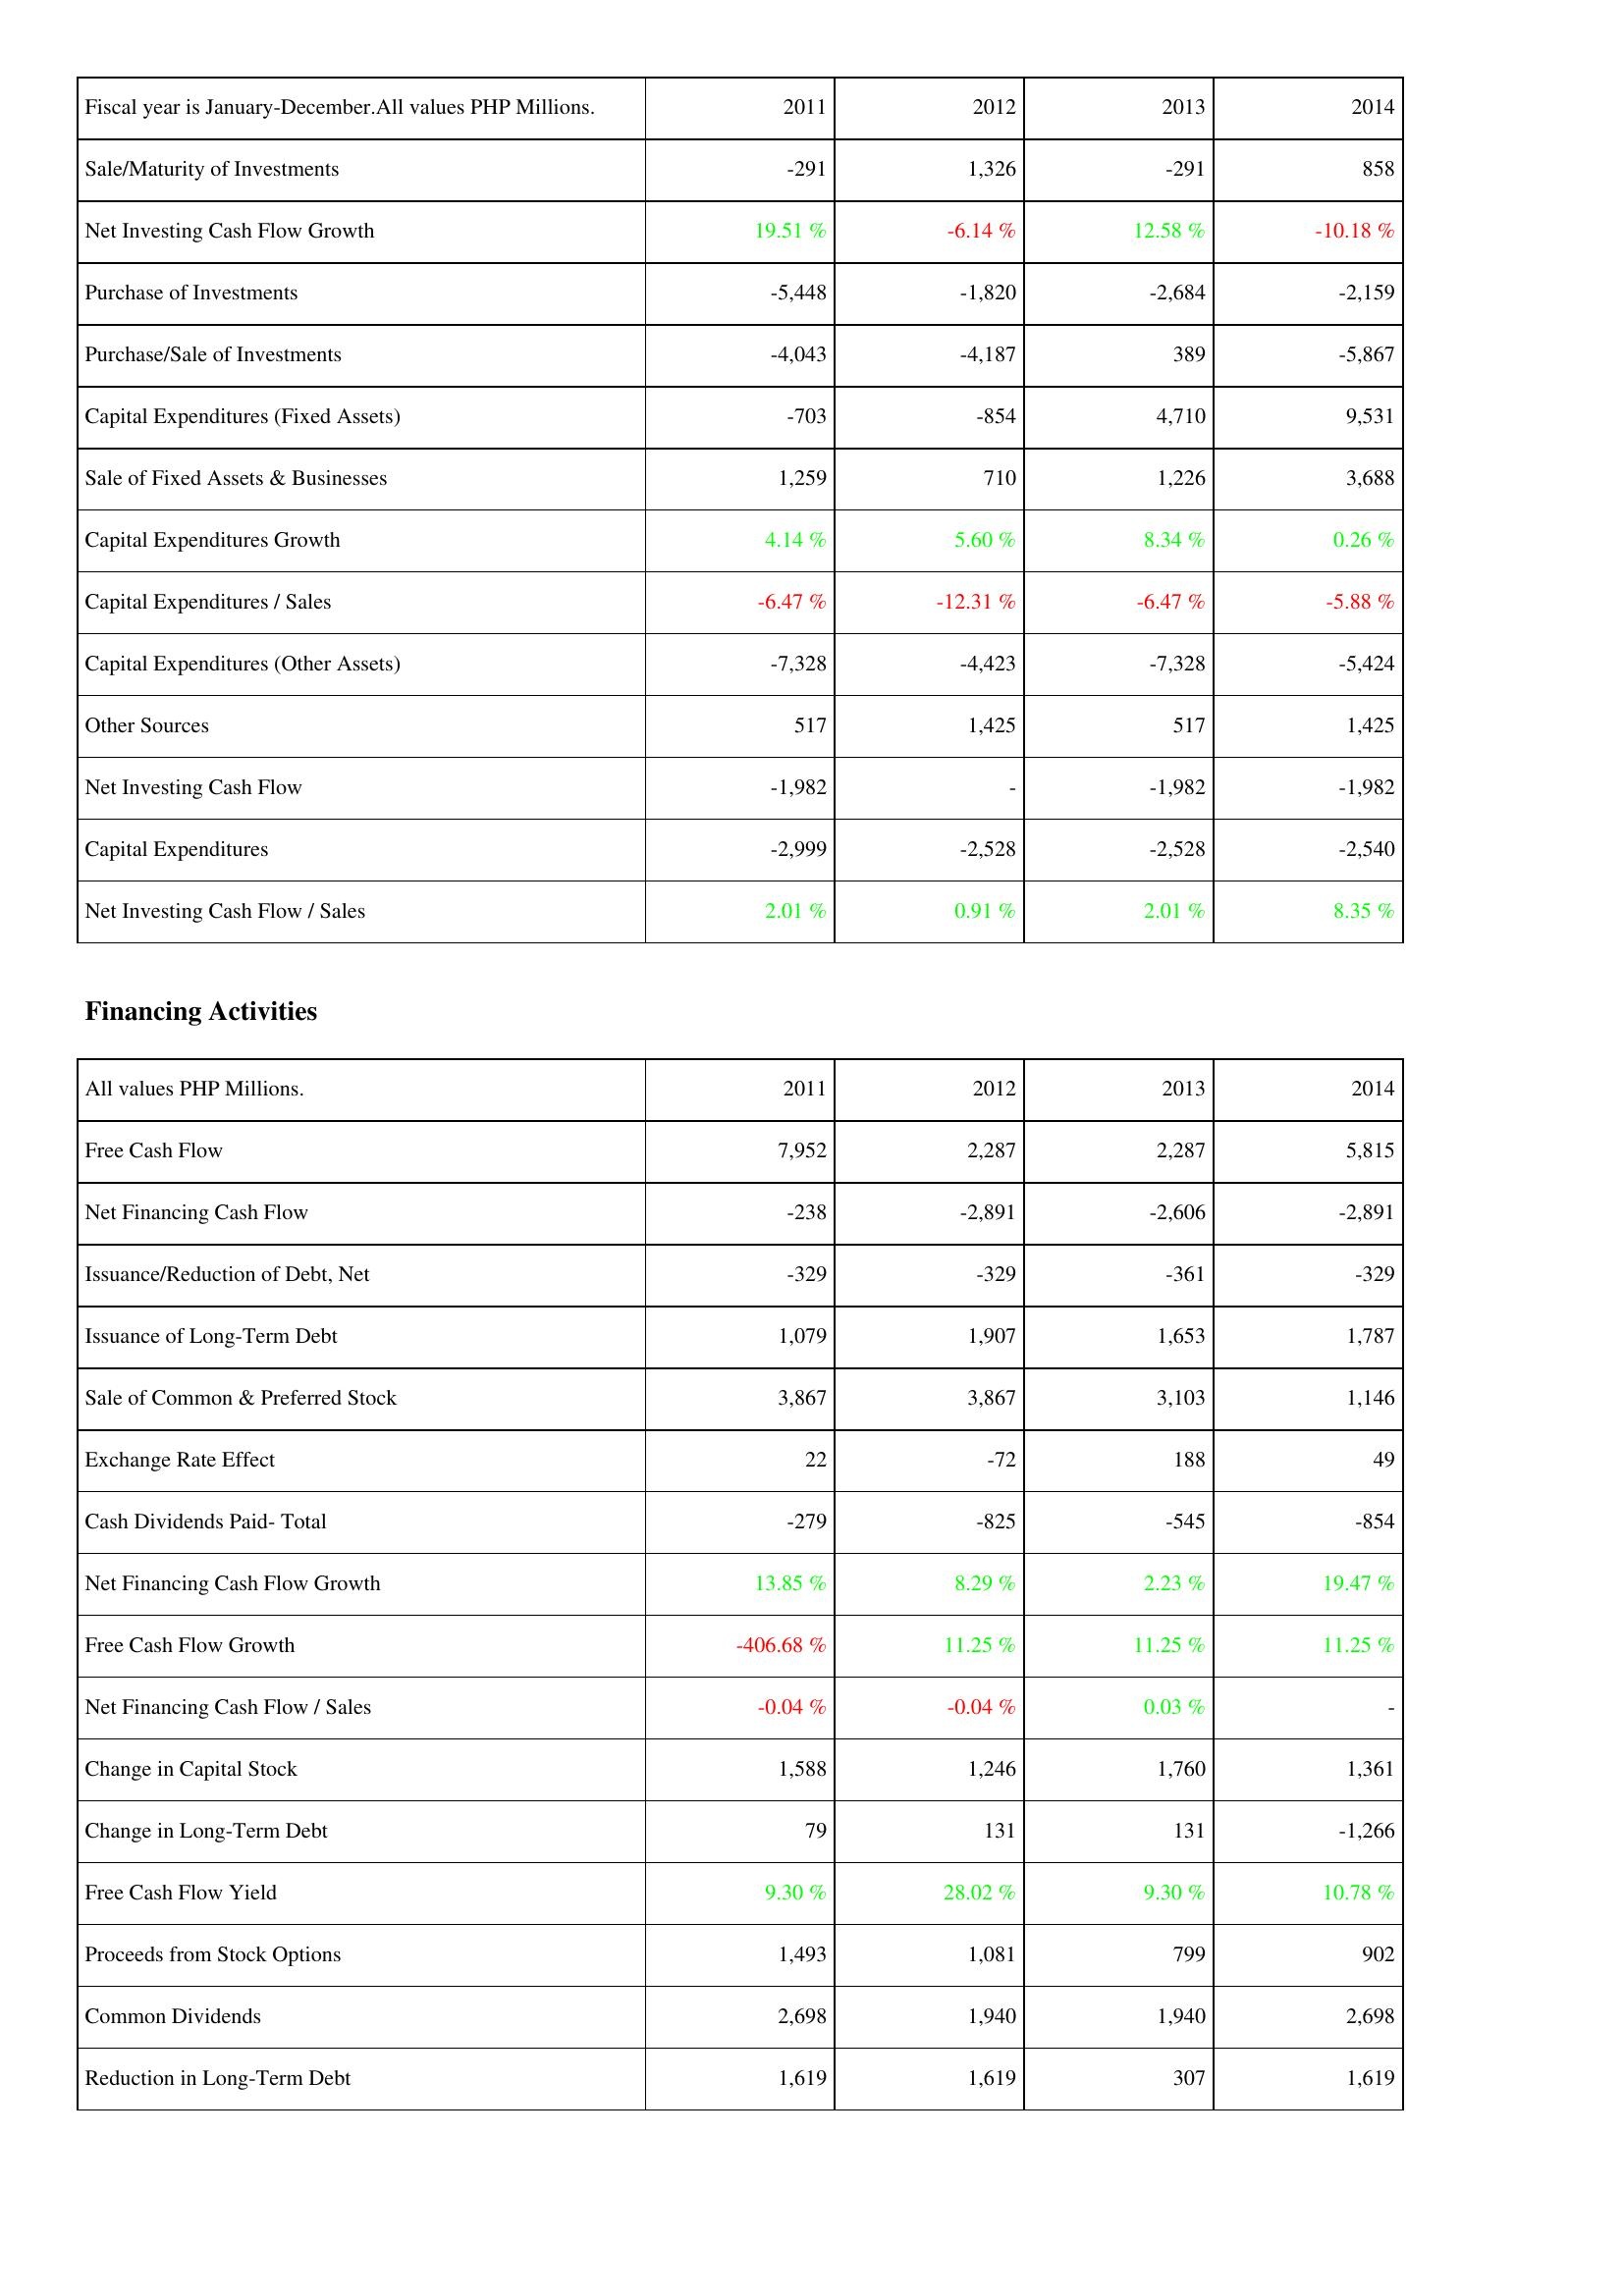
2011: Investing Activities: Sale/Maturity of Investments: -291
Net Investing Cash Flow Growth: 19.51 %
Purchase of Investments: -5,448
Purchase/Sale of Investments: -4,043
Capital Expenditures (Fixed Assets): -703
Sale of Fixed Assets & Businesses: 1,259
Capital Expenditures Growth: 4.14 %
Capital Expenditures / Sales: -6.47 %
Capital Expenditures (Other Assets): -7,328
Other Sources: 517
Net Investing Cash Flow: -1,982
Capital Expenditures: -2,999
Net Investing Cash Flow / Sales: 2.01 %
Financing Activities: Free Cash Flow: 7,952
Net Financing Cash Flow: -238
Issuance/Reduction of Debt, Net: -329
Issuance of Long-Term Debt: 1,079
Sale of Common & Preferred Stock: 3,867
Exchange Rate Effect: 22
Cash Dividends Paid- Total: -279
Net Financing Cash Flow Growth: 13.85 %
Free Cash Flow Growth: -406.68 %
Net Financing Cash Flow / Sales: -0.04 %
Change in Capital Stock: 1,588
Change in Long-Term Debt: 79
Free Cash Flow Yield: 9.30 %
Proceeds from Stock Options: 1,493
Common Dividends: 2,698
Reduction in Long-Term Debt: 1,619
2012: Investing Activities: Sale/Maturity of Investments: 1,326
Net Investing Cash Flow Growth: -6.14 %
Purchase of Investments: -1,820
Purchase/Sale of Investments: -4,187
Capital Expenditures (Fixed Assets): -854
Sale of Fixed Assets & Businesses: 710
Capital Expenditures Growth: 5.60 %
Capital Expenditures / Sales: -12.31 %
Capital Expenditures (Other Assets): -4,423
Other Sources: 1,425
Net Investing Cash Flow: -
Capital Expenditures: -2,528
Net Investing Cash Flow / Sales: 0.91 %
Financing Activities: Free Cash Flow: 2,287
Net Financing Cash Flow: -2,891
Issuance/Reduction of Debt, Net: -329
Issuance of Long-Term Debt: 1,907
Sale of Common & Preferred Stock: 3,867
Exchange Rate Effect: -72
Cash Dividends Paid- Total: -825
Net Financing Cash Flow Growth: 8.29 %
Free Cash Flow Growth: 11.25 %
Net Financing Cash Flow / Sales: -0.04 %
Change in Capital Stock: 1,246
Change in Long-Term Debt: 131
Free Cash Flow Yield: 28.02 %
Proceeds from Stock Options: 1,081
Common Dividends: 1,940
Reduction in Long-Term Debt: 1,619
2013: Investing Activities: Sale/Maturity of Investments: -291
Net Investing Cash Flow Growth: 12.58 %
Purchase of Investments: -2,684
Purchase/Sale of Investments: 389
Capital Expenditures (Fixed Assets): 4,710
Sale of Fixed Assets & Businesses: 1,226
Capital Expenditures Growth: 8.34 %
Capital Expenditures / Sales: -6.47 %
Capital Expenditures (Other Assets): -7,328
Other Sources: 517
Net Investing Cash Flow: -1,982
Capital Expenditures: -2,528
Net Investing Cash Flow / Sales: 2.01 %
Financing Activities: Free Cash Flow: 2,287
Net Financing Cash Flow: -2,606
Issuance/Reduction of Debt, Net: -361
Issuance of Long-Term Debt: 1,653
Sale of Common & Preferred Stock: 3,103
Exchange Rate Effect: 188
Cash Dividends Paid- Total: -545
Net Financing Cash Flow Growth: 2.23 %
Free Cash Flow Growth: 11.25 %
Net Financing Cash Flow / Sales: 0.03 %
Change in Capital Stock: 1,760
Change in Long-Term Debt: 131
Free Cash Flow Yield: 9.30 %
Proceeds from Stock Options: 799
Common Dividends: 1,940
Reduction in Long-Term Debt: 307
2014: Investing Activities: Sale/Maturity of Investments: 858
Net Investing Cash Flow Growth: -10.18 %
Purchase of Investments: -2,159
Purchase/Sale of Investments: -5,867
Capital Expenditures (Fixed Assets): 9,531
Sale of Fixed Assets & Businesses: 3,688
Capital Expenditures Growth: 0.26 %
Capital Expenditures / Sales: -5.88 %
Capital Expenditures (Other Assets): -5,424
Other Sources: 1,425
Net Investing Cash Flow: -1,982
Capital Expenditures: -2,540
Net Investing Cash Flow / Sales: 8.35 %
Financing Activities: Free Cash Flow: 5,815
Net Financing Cash Flow: -2,891
Issuance/Reduction of Debt, Net: -329
Issuance of Long-Term Debt: 1,787
Sale of Common & Preferred Stock: 1,146
Exchange Rate Effect: 49
Cash Dividends Paid- Total: -854
Net Financing Cash Flow Growth: 19.47 %
Free Cash Flow Growth: 11.25 %
Net Financing Cash Flow / Sales: -
Change in Capital Stock: 1,361
Change in Long-Term Debt: -1,266
Free Cash Flow Yield: 10.78 %
Proceeds from Stock Options: 902
Common Dividends: 2,698
Reduction in Long-Term Debt: 1,619